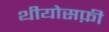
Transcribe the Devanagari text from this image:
थीयोसफ़ी